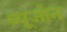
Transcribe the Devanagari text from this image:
ब्यूजोन